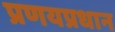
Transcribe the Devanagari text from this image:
प्रणयप्रधान